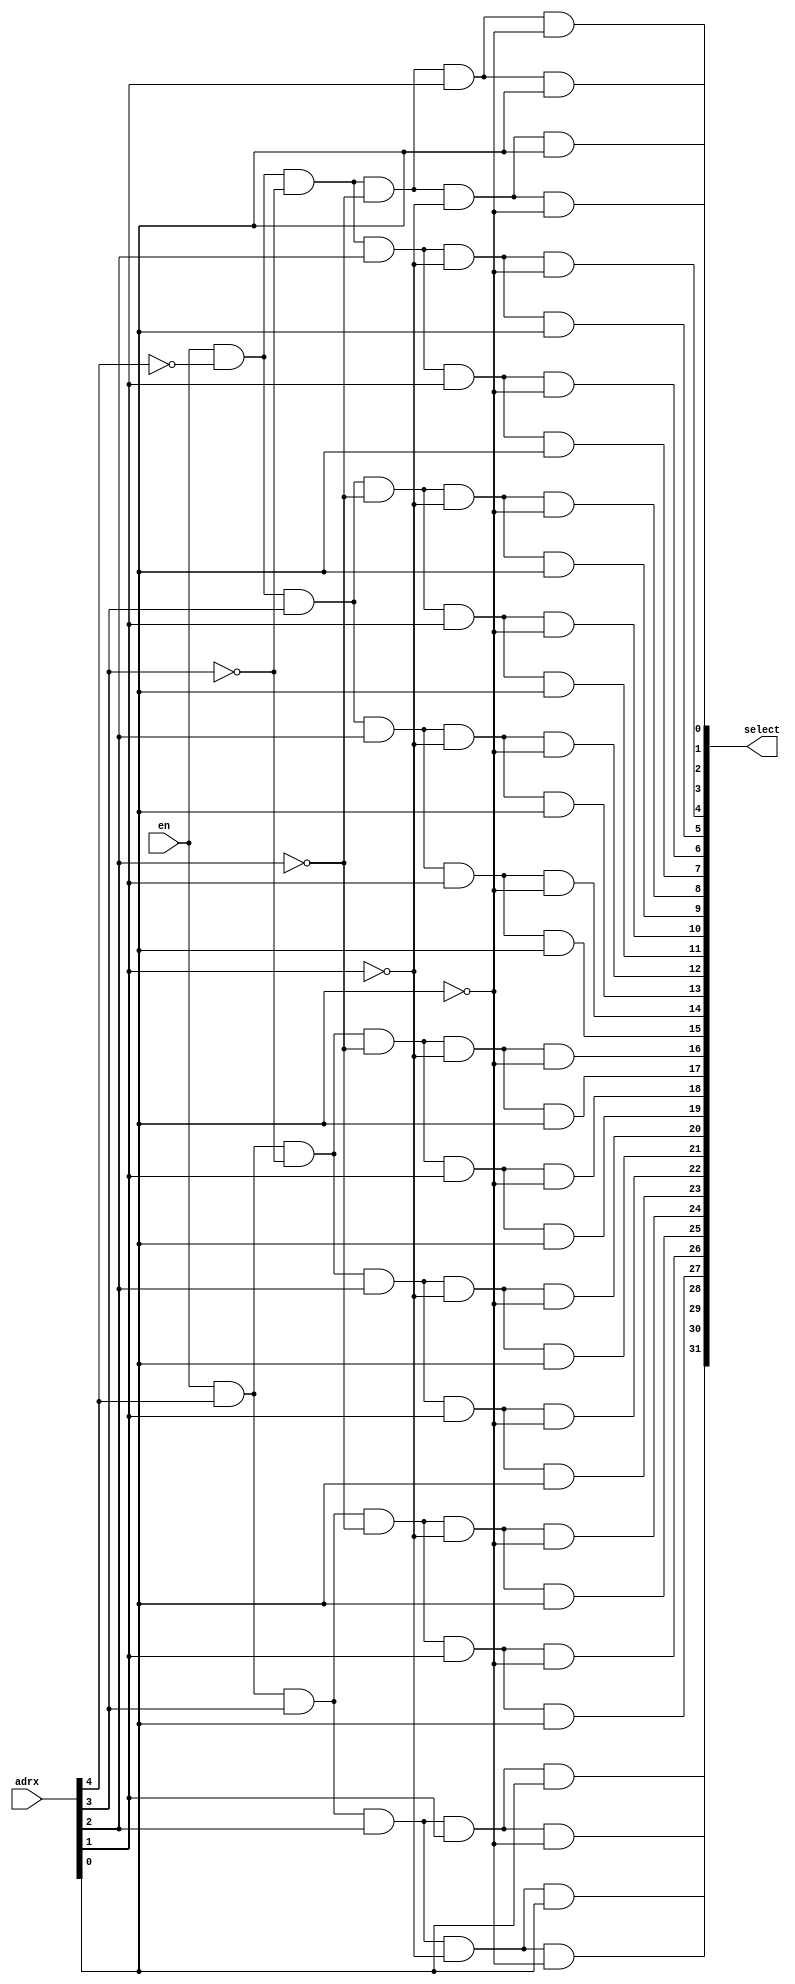
`timescale 1ns/100ps
// when enabled, decoder select 1 out of 32 selectlines according to the provided address
// structural verilog:  using an array of 32 7-input and gates and 5 inverters

module decoder (select, adrx, en);

output [31:0] select;
input [4:0] adrx;
input en;
wire [4:0] adrx_bar;

// invert input stage
not (adrx_bar[4], adrx[4]);
not (adrx_bar[3], adrx[3]);
not (adrx_bar[2], adrx[2]);
not (adrx_bar[1], adrx[1]);
not (adrx_bar[0], adrx[0]);

// 7-input and gate array with enable
and (select[31], en,	 adrx[4],		adrx[3],		adrx[2], 		adrx[1], 		adrx[0]);			// 11111
and (select[30], en,	 adrx[4],		adrx[3],		adrx[2], 		adrx[1], 		adrx_bar[0]);		// 11110
and (select[29], en,	 adrx[4],		adrx[3],		adrx[2], 		adrx_bar[1], 	adrx[0]);			// 11101
and (select[28], en,	 adrx[4],		adrx[3],		adrx[2], 		adrx_bar[1],	adrx_bar[0]);		// 11100
and (select[27], en,	 adrx[4], 		adrx[3],		adrx_bar[2], 	adrx[1], 		adrx[0]);			// 11011	
and (select[26], en,	 adrx[4], 		adrx[3],		adrx_bar[2], 	adrx[1], 		adrx_bar[0]);		// 11010
and (select[25], en,	 adrx[4], 		adrx[3],		adrx_bar[2], 	adrx_bar[1],	adrx[0]);			// 11001
and (select[24], en,	 adrx[4], 		adrx[3],		adrx_bar[2], 	adrx_bar[1],	adrx_bar[0]);		// 11000
and (select[23], en,	 adrx[4], 		adrx_bar[3],	adrx[2], 		adrx[1],		adrx[0]);			// 10111
and (select[22], en,	 adrx[4], 		adrx_bar[3],	adrx[2], 		adrx[1], 		adrx_bar[0]);		// 10110
and (select[21], en,	 adrx[4], 		adrx_bar[3],	adrx[2], 		adrx_bar[1],	adrx[0]);			// 10101
and (select[20], en,	 adrx[4], 		adrx_bar[3],	adrx[2], 		adrx_bar[1], 	adrx_bar[0]);		// 10100
and (select[19], en,	 adrx[4], 		adrx_bar[3],	adrx_bar[2], 	adrx[1], 		adrx[0]);			// 10011
and (select[18], en,	 adrx[4], 		adrx_bar[3],	adrx_bar[2], 	adrx[1], 		adrx_bar[0]);		// 10010
and (select[17], en,	 adrx[4], 		adrx_bar[3],	adrx_bar[2], 	adrx_bar[1], 	adrx[0]);			// 10001
and (select[16], en,	 adrx[4], 		adrx_bar[3],	adrx_bar[2], 	adrx_bar[1], 	adrx_bar[0]);		// 10000
and (select[15], en,	 adrx_bar[4], 	adrx[3], 		adrx[2], 		adrx[1], 		adrx[0]);			// 01111
and (select[14], en,	 adrx_bar[4], 	adrx[3], 		adrx[2], 		adrx[1],		adrx_bar[0]);		// 01110
and (select[13], en,	 adrx_bar[4], 	adrx[3], 		adrx[2], 		adrx_bar[1], 	adrx[0]);			// 01101
and (select[12], en,	 adrx_bar[4], 	adrx[3], 		adrx[2], 		adrx_bar[1], 	adrx_bar[0]);		// 01100
and (select[11], en,	 adrx_bar[4], 	adrx[3], 		adrx_bar[2], 	adrx[1], 		adrx[0]);			// 01011
and (select[10], en,	 adrx_bar[4], 	adrx[3], 		adrx_bar[2], 	adrx[1], 		adrx_bar[0]);		// 01010
and (select[9],  en,	 adrx_bar[4], 	adrx[3], 		adrx_bar[2], 	adrx_bar[1],	adrx[0]);			// 01001
and (select[8],  en,	 adrx_bar[4], 	adrx[3], 		adrx_bar[2], 	adrx_bar[1], 	adrx_bar[0]);		// 01000
and (select[7],  en,	 adrx_bar[4], 	adrx_bar[3], 	adrx[2], 		adrx[1], 		adrx[0]);			// 00111
and (select[6],  en,	 adrx_bar[4], 	adrx_bar[3], 	adrx[2],	 	adrx[1], 		adrx_bar[0]);		// 00110
and (select[5],  en,	 adrx_bar[4], 	adrx_bar[3], 	adrx[2], 		adrx_bar[1], 	adrx[0]);			// 00101
and (select[4],  en,	 adrx_bar[4], 	adrx_bar[3], 	adrx[2], 		adrx_bar[1], 	adrx_bar[0]);		// 00100
and (select[3],  en,	 adrx_bar[4], 	adrx_bar[3], 	adrx_bar[2], 	adrx[1], 		adrx[0]);			// 00011
and (select[2],  en,	 adrx_bar[4], 	adrx_bar[3], 	adrx_bar[2], 	adrx[1], 		adrx_bar[0]);		// 00010
and (select[1],  en,	 adrx_bar[4], 	adrx_bar[3], 	adrx_bar[2], 	adrx_bar[1], 	adrx[0]);			// 00001
and (select[0],  en,	 adrx_bar[4], 	adrx_bar[3], 	adrx_bar[2], 	adrx_bar[1], 	adrx_bar[0]);		// 00000

endmodule